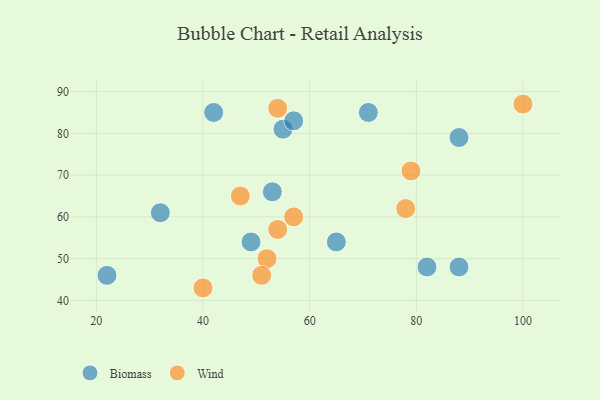
{"axis": {"x": "GDP", "y": "Life Expectancy"}, "legend": ["Biomass", "Wind"], "data": [{"x": "88", "y": 79, "type": "Biomass"}, {"x": "42", "y": 85, "type": "Biomass"}, {"x": "71", "y": 85, "type": "Biomass"}, {"x": "88", "y": 48, "type": "Biomass"}, {"x": "55", "y": 81, "type": "Biomass"}, {"x": "82", "y": 48, "type": "Biomass"}, {"x": "57", "y": 83, "type": "Biomass"}, {"x": "65", "y": 54, "type": "Biomass"}, {"x": "22", "y": 46, "type": "Biomass"}, {"x": "32", "y": 61, "type": "Biomass"}, {"x": "49", "y": 54, "type": "Biomass"}, {"x": "53", "y": 66, "type": "Biomass"}, {"x": "100", "y": 87, "type": "Wind"}, {"x": "54", "y": 57, "type": "Wind"}, {"x": "52", "y": 50, "type": "Wind"}, {"x": "40", "y": 43, "type": "Wind"}, {"x": "78", "y": 62, "type": "Wind"}, {"x": "51", "y": 46, "type": "Wind"}, {"x": "54", "y": 86, "type": "Wind"}, {"x": "47", "y": 65, "type": "Wind"}, {"x": "79", "y": 71, "type": "Wind"}, {"x": "57", "y": 60, "type": "Wind"}]}